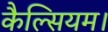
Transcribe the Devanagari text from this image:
कैल्सियम।